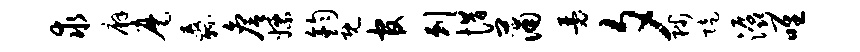
求廨麾纛詹嫖钧既官剌惜蒲瑟夕陟陡潺唯